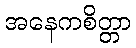
အနေကစိတ္တာ